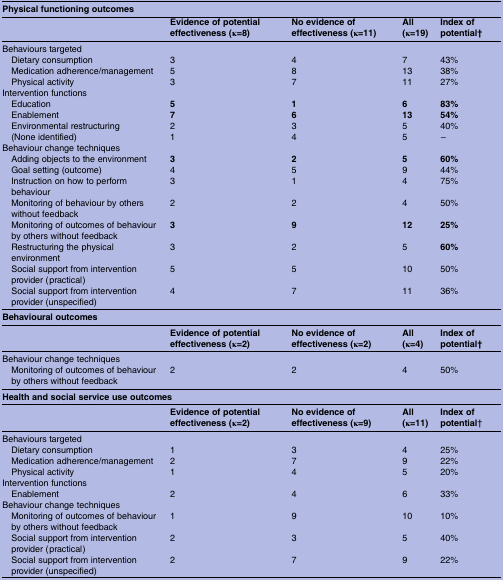
| <COLSPAN=5> Physical functioning outcomes |
 |  | Evidence of potential effectiveness (κ=8) | No evidence of effectiveness (κ=11) | All (κ=19) | Index of potential† |
 | --- | --- | --- | --- | --- |
 | <COLSPAN=5> Behaviours targeted |
 | Dietary consumption | 3 | 4 | 7 | 43% |
 | Medication adherence/management | 5 | 8 | 13 | 38% |
 | Physical activity | 3 | 7 | 11 | 27% |
 | <COLSPAN=5> Intervention functions |
 | Education | 5 | 1 | 6 | 83% |
 | Enablement | 7 | 6 | 13 | 54% |
 | Environmental restructuring | 2 | 3 | 5 | 40% |
 | (None identified) | 1 | 4 | 5 | − |
 | <COLSPAN=5> Behaviour change techniques |
 | Adding objects to the environment | 3 | 2 | 5 | 60% |
 | Goal setting (outcome) | 4 | 5 | 9 | 44% |
 | Instruction on how to perform behaviour | 3 | 1 | 4 | 75% |
 | Monitoring of behaviour by others without feedback | 2 | 2 | 4 | 50% |
 | Monitoring of outcomes of behaviour by others without feedback | 3 | 9 | 12 | 25% |
 | Restructuring the physical environment | 3 | 2 | 5 | 60% |
 | Social support from intervention provider (practical) | 5 | 5 | 10 | 50% |
 | Social support from intervention provider (unspecified) | 4 | 7 | 11 | 36% |
 | <COLSPAN=5> Behavioural outcomes |
 |  | Evidence of potential effectiveness (κ=2) | No evidence of effectiveness (κ=2) | All (κ=4) | Index of potential† |
 | <COLSPAN=5> Behaviour change techniques |
 | Monitoring of outcomes of behaviour by others without feedback | 2 | 2 | 4 | 50% |
 | <COLSPAN=5> Health and social service use outcomes |
 |  | Evidence of potential effectiveness (κ=2) | No evidence of effectiveness (κ=9) | All (κ=11) | Index of potential† |
 | <COLSPAN=5> Behaviours targeted |
 | Dietary consumption | 1 | 3 | 4 | 25% |
 | Medication adherence/management | 2 | 7 | 9 | 22% |
 | Physical activity | 1 | 4 | 5 | 20% |
 | <COLSPAN=5> Intervention functions |
 | Enablement | 2 | 4 | 6 | 33% |
 | <COLSPAN=5> Behaviour change techniques |
 | Monitoring of outcomes of behaviour by others without feedback | 1 | 9 | 10 | 10% |
 | Social support from intervention provider (practical) | 2 | 3 | 5 | 40% |
 | Social support from intervention provider (unspecified) | 2 | 7 | 9 | 22% |